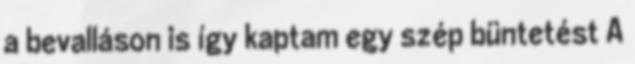
a bevalláson is így kaptam egy szép büntetést A